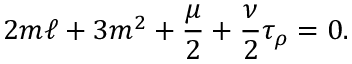
2 m \ell + 3 m ^ { 2 } + \frac { \mu } { 2 } + \frac { \nu } { 2 } \tau _ { \rho } = 0 .